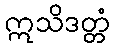
ဣသိဒတ္တံ